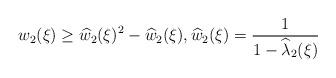
LaTeX: \begin{align*} w_{2}(\xi)\geq \widehat{w}_{2}(\xi)^2-\widehat{w}_{2}(\xi), \widehat{w}_{2}(\xi)=\frac{1}{1-\widehat{\lambda}_{2}(\xi)}\end{align*}